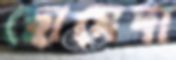
ছোমেদা